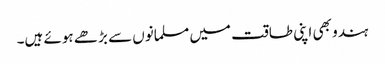
ہندو بھی اپنی طاقت میں مسلمانوں سے بڑھے ہوئے ہیں۔